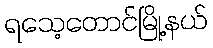
ရသေ့တောင်မြို့နယ်